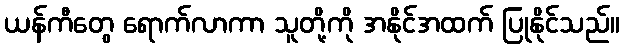
ယန်ကီတွေ ရောက်လာကာ သူတို့ကို အနိုင်အထက် ပြုနိုင်သည်။